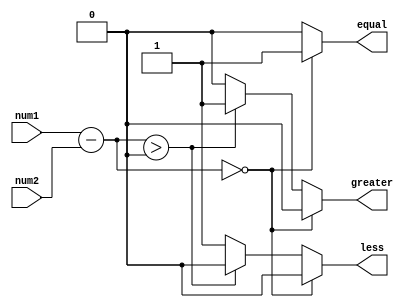
module FixedPointComparator (
  input signed [7:0] num1,
  input signed [7:0] num2,
  output reg equal,
  output reg greater,
  output reg less
);

reg signed [8:0] diff;

always @* begin
  diff = num1 - num2;
  
  if(diff == 0) begin
    equal = 1;
    greater = 0;
    less = 0;
  end
  else if(diff > 0) begin
    equal = 0;
    greater = 1;
    less = 0;
  end
  else begin
    equal = 0;
    greater = 0;
    less = 1;
  end
end

endmodule